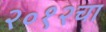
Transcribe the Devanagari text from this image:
२०१२चा